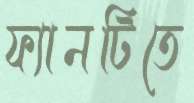
ফ্যানটিতে